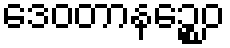
ဒေဝတာနဉ္စေဝ